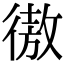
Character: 𢕟